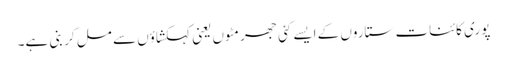
پوری کائنات ستاروں کے ایسے کئی جھرمٹوں یعنی کہکشاؤں سے مل کر بنی ہے۔